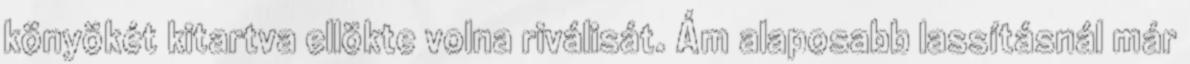
könyökét kitartva ellökte volna riválisát. Ám alaposabb lassításnál már